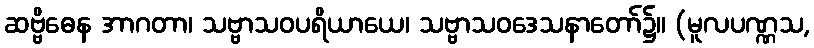
ဆဗ္ဗိဓေန အာဂတာ၊ သဗ္ဗာသဝပရိယာယေ၊ သဗ္ဗာသဝဒေသနာတော်၌။ (မူလပဏ္ဏသ,